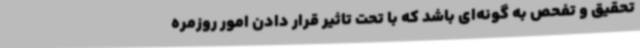
تحقیق و تفحص به گونه‌ای باشد که با تحت تاثیر قرار دادن امور روزمره